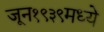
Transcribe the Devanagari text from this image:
जून१९३९मध्ये